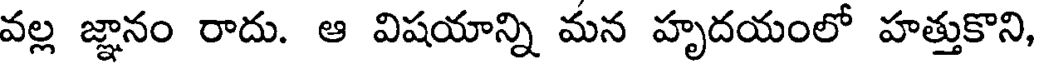
వల్ల జ్ఞానం రాదు. ఆ విషయాన్ని మన హృదయంలో హత్తుకొని,